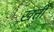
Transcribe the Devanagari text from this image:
ख़त्ती